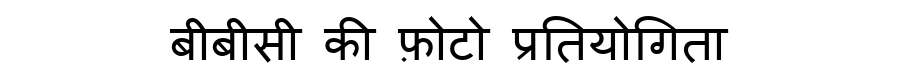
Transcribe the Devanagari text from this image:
बीबीसी की फ़ोटो प्रतियोगिता